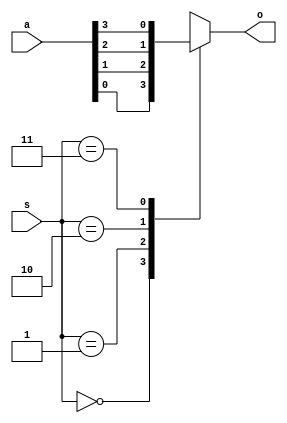
module mux(a, s, o);

    input [3:0] a;

    input [1:0] s;

    output o;

    reg o;

always @(a or s)

    begin
        
        case (s)

            2'b00:o = a[0];

            2'b01:o = a[1];

            2'b10:o = a[2];

            2'b11:o = a[3];

            default:o = 0;

        endcase

    end

endmodule